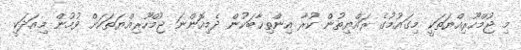
މި ޖުމްހޫރިއްޔަތަކީ މިގައުމުގެ ރައްޔިތުން ކުރާ އިންތިޚާބަކުން ދެމިއޮންނަ ޖުމްހޫރިއްޔަތަކަށް ވުމުން މިއަދަކީ